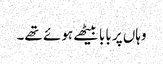
وہاں پر بابا بیٹھے ہوئے تھے۔